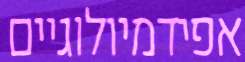
אפידמיולוגיים